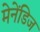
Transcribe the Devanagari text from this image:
मेनेंडिज